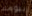
بيومك